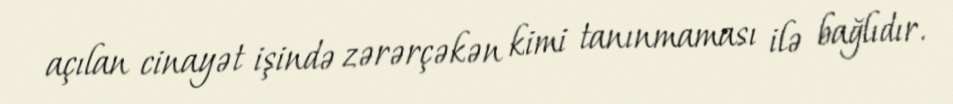
açılan cinayət işində zərərçəkən kimi tanınmaması ilə bağlıdır.